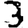
Digit: 3